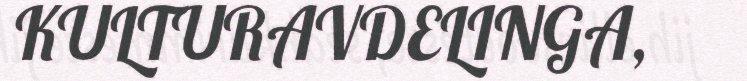
KULTURAVDELINGA,